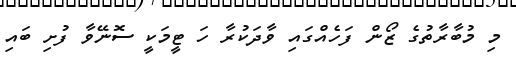
މި މުބާރާތުގެ ޒޯން ފަހެއްގައި ވާދަކުރާ ހަ ޓީމަކީ ސޮނޭވާ ފުށި ބައި